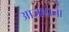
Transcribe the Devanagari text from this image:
आज़ादाना